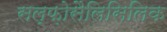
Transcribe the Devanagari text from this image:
सल्फ़ोसैलिसिलिक